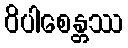
ဝိပါစေန္တဿ